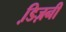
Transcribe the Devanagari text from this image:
डि़ज़नी